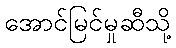
အောင်မြင်မှုဆီသို့